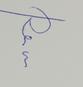
Signature authenticity: genuine